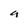
Character: a